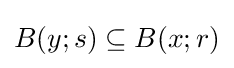
B(y;s)\subseteq B(x;r)